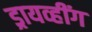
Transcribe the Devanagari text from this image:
ड्रायव्हींग